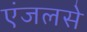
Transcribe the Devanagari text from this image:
एंजलसे